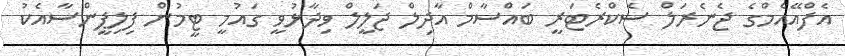
އެފްއޭއެމްގެ ޖެނެރަލް ސެކްރެޓަރީ ބައްސާމް އާދިލް ޖަލީލް ވިދާޅުވީ ގައުމީ ޓީމުން ފިލިޕީންސާއެކު